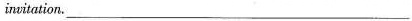
invitation. ___